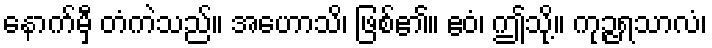
နောက်မှီ တံကဲသည်။ အဟောသိ၊ ဖြစ်၏။ ဧဝံ၊ ဤသို့။ ကုဉ္ဇရသာလံ၊